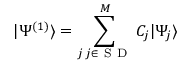
| \Psi ^ { ( 1 ) } \rangle = \sum _ { \substack { j \, j \in \mathrm { ~ S ~ D ~ } } } ^ { M } C _ { j } | \Psi _ { j } \rangle